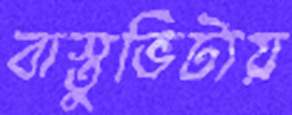
বাস্তুভিটায়